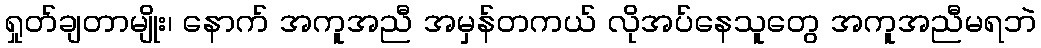
ရှုတ်ချတာမျိုး၊ နောက် အကူအညီ အမှန်တကယ် လိုအပ်နေသူတွေ အကူအညီမရဘဲ